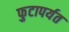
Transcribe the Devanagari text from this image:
फुटापर्यत